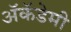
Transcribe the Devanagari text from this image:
अॅकॅडेमी